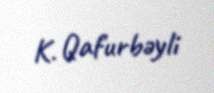
K. Qafurbəyli